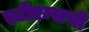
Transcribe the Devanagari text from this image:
एटीएम्सची